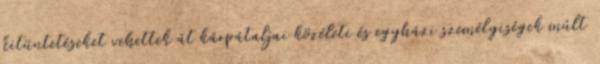
kitüntetéseket vehettek át kárpátaljai közéleti és egyházi személyiségek múlt